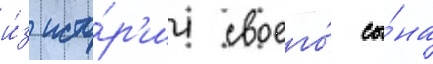
и́з исто́р'ии своего́ сы́на